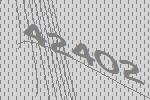
42402